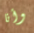
وأنا